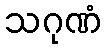
သဂုဏံ